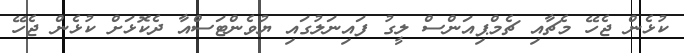
ކުޅެން ޖެހޭ މެޗާއި ޗެމްޕިއަންސް ލީގު ފައިނަލުގައި ޔުވެންޓަސްއާ ދެކޮޅަށް ކުޅެން ޖެހޭ